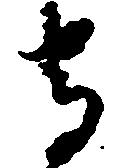
守